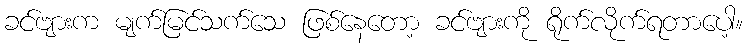
ခင်ဗျားက မျက်မြင်သက်သေ ဖြစ်နေတော့ ခင်ဗျားကို ရိုက်လိုက်ရတာပေါ့။